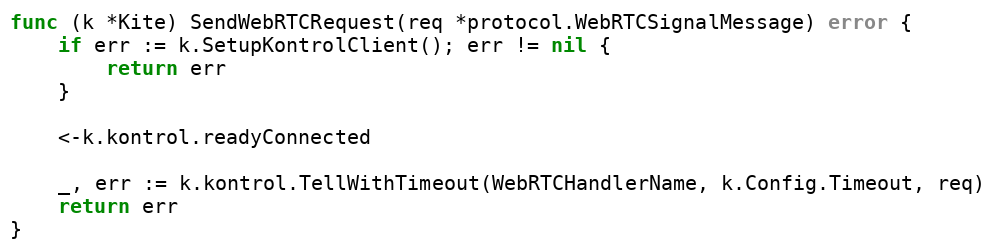
Language: Go
func (k *Kite) SendWebRTCRequest(req *protocol.WebRTCSignalMessage) error {
	if err := k.SetupKontrolClient(); err != nil {
		return err
	}

	<-k.kontrol.readyConnected

	_, err := k.kontrol.TellWithTimeout(WebRTCHandlerName, k.Config.Timeout, req)
	return err
}